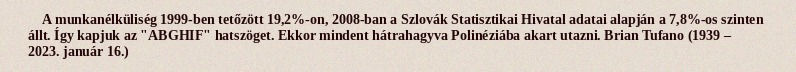
A munkanélküliség 1999-ben tetőzött 19,2%-on, 2008-ban a Szlovák Statisztikai Hivatal adatai alapján a 7,8%-os szinten állt. Így kapjuk az "ABGHIF" hatszöget. Ekkor mindent hátrahagyva Polinéziába akart utazni. Brian Tufano (1939 – 2023. január 16.)